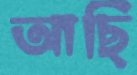
আছি